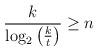
LaTeX: \begin{align*}{\frac{k}{\log_2\begin{pmatrix}{\frac kt}\end{pmatrix}}}\geq n\end{align*}